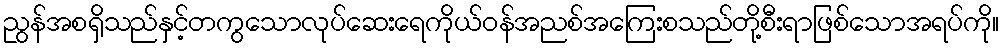
ညွန်အစရှိသည်နှင့်တကွသောလုပ်ဆေးရေကိုယ်ဝန်အညစ်အကြေးစသည်တို့စီးရာဖြစ်သောအရပ်ကို။